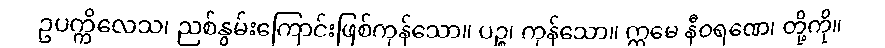
ဥပက္ကိလေသ၊ ညစ်နွမ်းကြောင်းဖြစ်ကုန်သော။ ပဉ္စ၊ ကုန်သော။ ဣမေ နီဝရဏေ၊ တို့ကို။